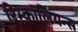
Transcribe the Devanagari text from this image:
रिम्कॉलियन्स